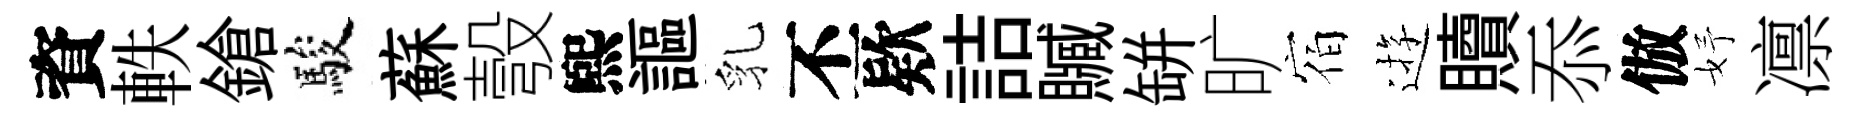
資軼鎗駿蘇彀煕謳乳丕欵詰贓缾旷宿逰贖忝倣妤凛